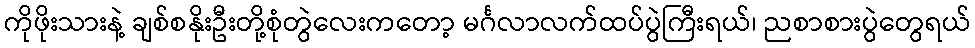
ကိုဖိုးသားနဲ့ ချစ်စနိုးဦးတို့စုံတွဲလေးကတော့ မင်္ဂလာလက်ထပ်ပွဲကြီးရယ်၊ ညစာစားပွဲတွေရယ်